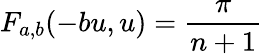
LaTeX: F_{a,b}(-bu,u)=\frac{\pi}{n+1}